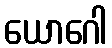
ယောဂေါ